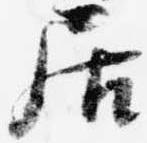
居